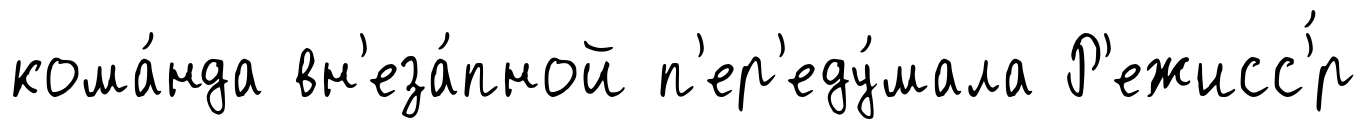
кома́нда вн'еза́пной п'ер'еду́мала Р'ежисс'́р